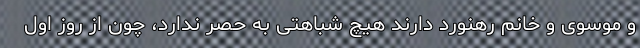
و موسوی و خانم رهنورد دارند هیچ شباهتی به حصر ندارد، چون از روز اول